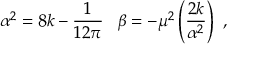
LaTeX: \alpha ^ { 2 } = 8 k - \frac { 1 } { 1 2 \pi } \, \, \, \, \, \beta = - \mu ^ { 2 } \left( \frac { 2 k } { \alpha ^ { 2 } } \right) \, \, ,